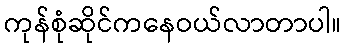
ကုန်စုံဆိုင်ကနေဝယ်လာတာပါ။